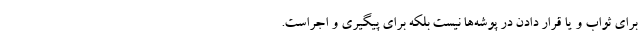
برای ثواب و یا قرار دادن در پوشه‌ها نیست بلکه برای پیگیری و اجراست.